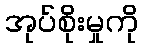
အုပ်စိုးမှုကို